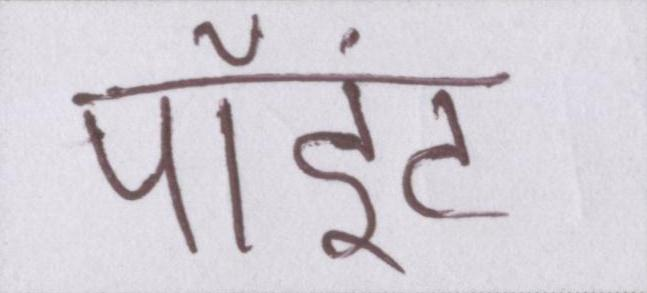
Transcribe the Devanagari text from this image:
पॉइंट